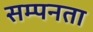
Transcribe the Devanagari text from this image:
सम्पनता